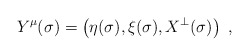
\begin{align*}Y^\mu(\sigma)=\left(\eta(\sigma), \xi(\sigma), X^\bot(\sigma)\right)\ ,\end{align*}